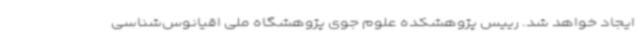
ایجاد خواهد شد. رییس پژوهشکده علوم جوی پژوهشگاه ملی اقیانوس‌شناسی